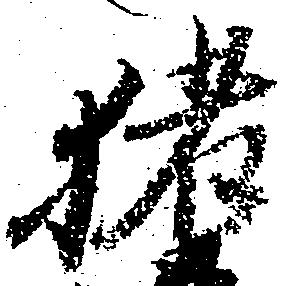
猪